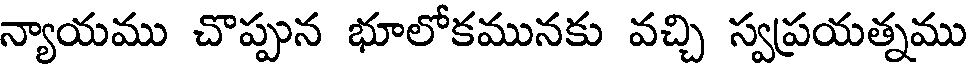
న్యాయము చొప్పున భూలోకమునకు వచ్చి స్వప్రయత్నము